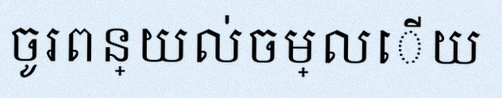
ចូរពន្យល់ចម្លើយ